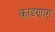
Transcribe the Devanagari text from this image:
काडणारा